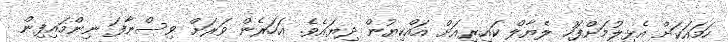
ހަމައަކަށް އެޅިލުމަށްފަހު ލެޔާލް ކައިރިއަށް އައްކިޔުން ދިޔައެވެ. އަހަރެން ވަރަށް ވިސްނާފަ ނިންމައިފިން